Rakvere_kinnistusamet, lk 18
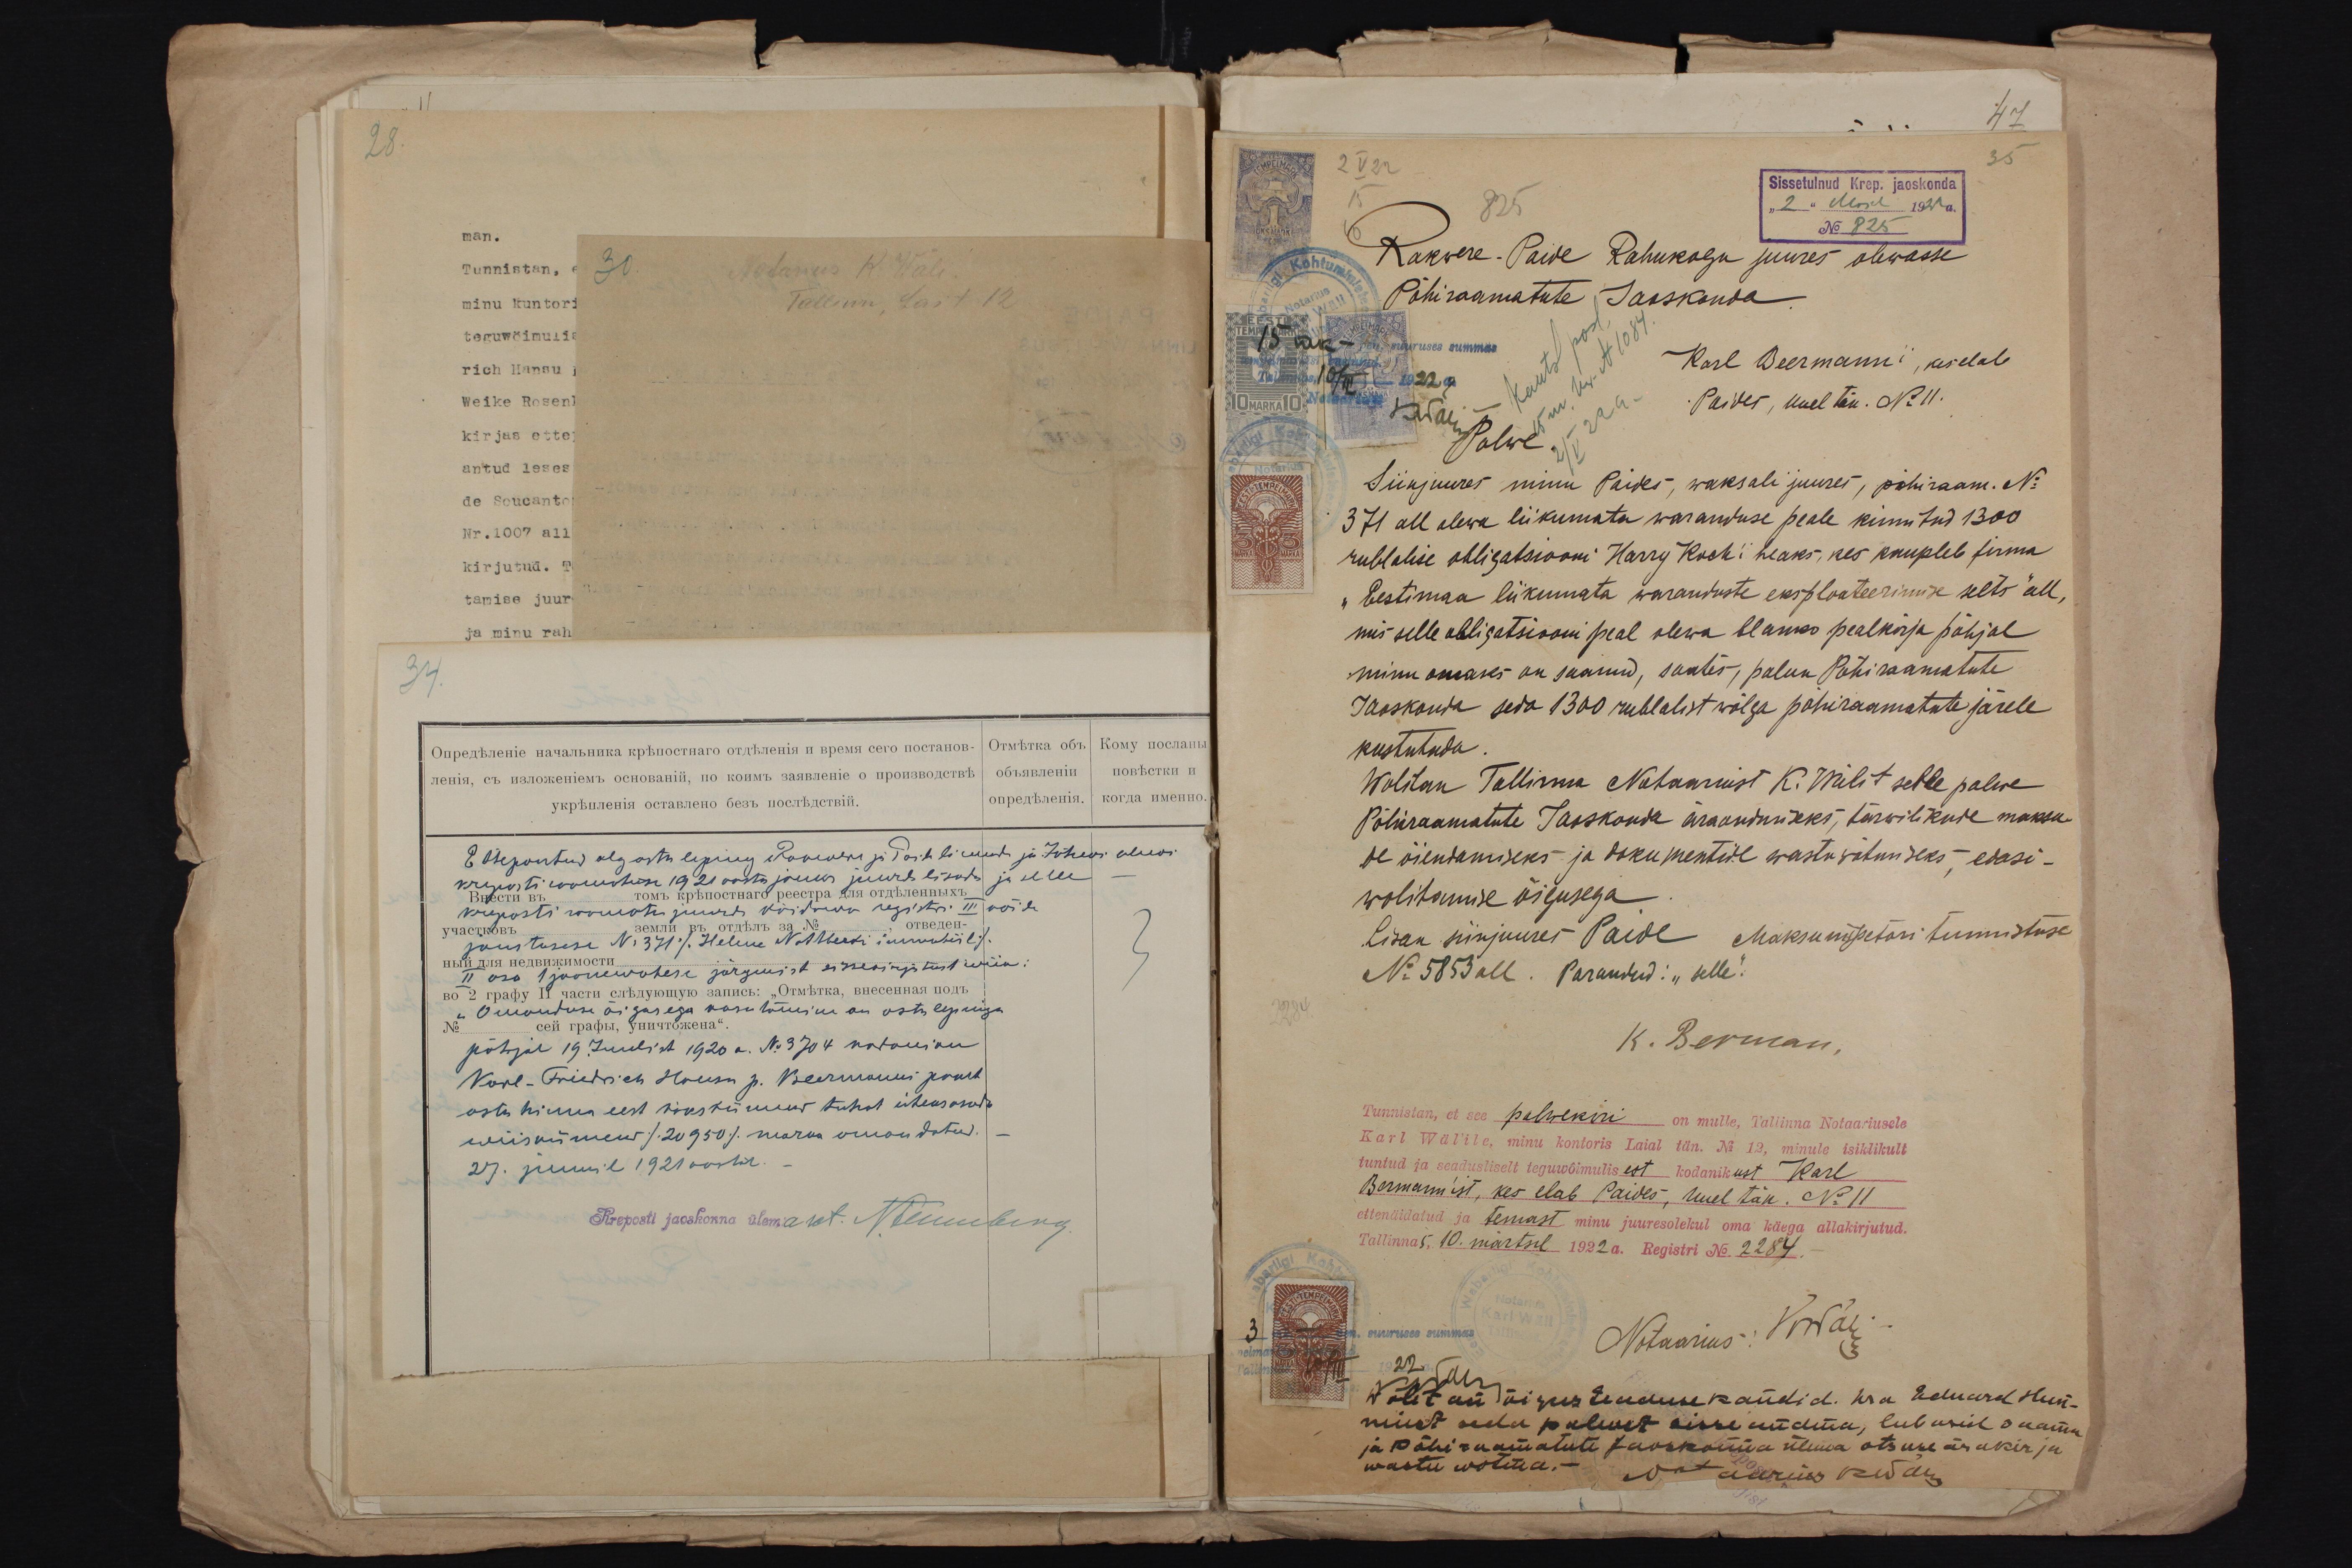
47
35
Sissetulnud Krep, jaoskonda
825
"2" Mail 1921 a.
Rakwere-Paide Rahukogu juures olewasse
No 825
Põhiraamatute Jaoskonda
Karl Beermanni, kes elab
Paides, uuel tän. No 11.
Palwe
Siinjuures minu Paides, waksali juures, põhiraam. No
371 all olewa liikumata waranduse peale kinnitud 1300
rublalise obligatsiooni Harry Kochi heaks, kes kaupleb firma
"Eestimaa liikumata waranduste eksploateerimise selts" all,
mis selle obligatsiooni peal olewa blanko pealkirja põhjal
minu omaks on saanud, saatis, palun Põhiraamatute
Jaoskonda seda 1300 rublalist wõlga põhiraamatute järele
kustutada
Wolitan Tallinna Nabaamist K. Wälit selle palwe
Põhiraamatute Jaoskonda äraandmiseks, tarwilikude maksu-
de õiendamiseks- ja dokumentide wastu võtmiseks,- edasi-
wolitamise õigusega
Lisan siinjuures Paide Maksuinspektori tunnistuse
No: 5853 all. Parandud: "selle!"
K. Berman,
Tunnistan, et see palwekiri on mulle, Tallinna Notaariusele
Karl Wäl'ile, minu kontoris Laial tän. No 12, minule isiklikult
tuntud ja seadusliselt teguwõimulisest kodanikust Karl
Bermannist, kes elab Paides, Uuel tän. No 11
ettenäidatud ja temast minu juuresolekul oma käega allakirjutud.
Tallinnas, 10. märtsil 1922 a. Registri No. 2284.
Notaarius: ONär
1922 a.
Wolitan õigus teaduse kandid. hra Eduard Hun-
niust seda palwet sisse andma, lubasid saama
ja Põhiraamatute Jaoskonna ülema otsuse ärakirja
wastu wõtma. - Nptaarius KWäes.